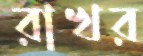
রাখর